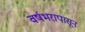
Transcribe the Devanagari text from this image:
वर्षभरापासून